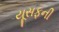
યૂસફની